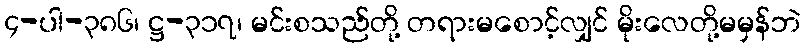
၄-ပါ-၃၈၆၊ ဋ္ဌ-၃၁၇၊ မင်းစသည်တို့ တရားမစောင့်လျှင် မိုးလေတို့မမှန်ဘဲ